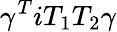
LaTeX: \gamma^{T}iT_{1}T_{2}\gamma